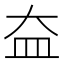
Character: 𡘃